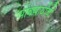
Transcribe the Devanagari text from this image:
पावणार्यांची